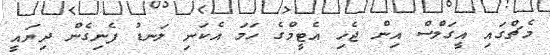
މެޗްގައި އީގަލްސް އިން ޖެހި އެޓީމްގެ ހަމަ އެކަނި ލަނޑު ފެނިގެން ދިޔައީ